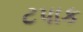
ટપાક